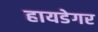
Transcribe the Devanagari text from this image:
हायडेगर